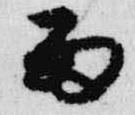
雨